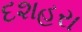
દશહરા